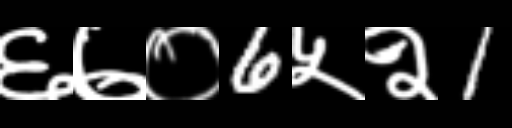
Text: ६७०6५२1